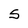
Character: S